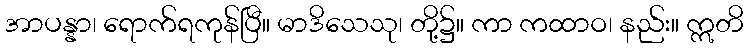
အာပန္နာ၊ ရောက်ရကုန်ပြီ။ မာဒိသေသု၊ တို့၌။ ကာ ကထာဝ၊ နည်း။ ဣတိ